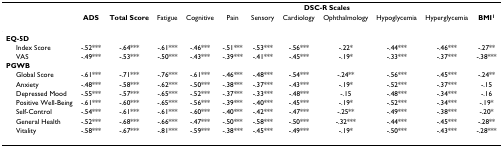
<table><thead><tr><td></td><td></td><td></td><td colspan="9"><b>DSC-R Scales</b></td></tr><tr><td></td><td><b>ADS</b></td><td><b>Total Score</b></td><td><b>Fatigue</b></td><td><b>Cognitive</b></td><td><b>Pain</b></td><td><b>Sensory</b></td><td><b>Cardiology</b></td><td><b>Ophthalmology</b></td><td><b>Hypoglycemia</b></td><td><b>Hyperglycemia</b></td><td><b>BMI<sup>1</sup></b></td></tr></thead><tbody><tr><td><b>EQ-5D</b></td><td></td><td></td><td></td><td></td><td></td><td></td><td></td><td></td><td></td><td></td><td></td></tr><tr><td> Index Score</td><td>-.52***</td><td>-.64***</td><td>-.61***</td><td>-.46***</td><td>-.51***</td><td>-.53***</td><td>-.56***</td><td>-.22*</td><td>-.44***</td><td>-.46***</td><td>-.27**</td></tr><tr><td> VAS</td><td>-.49***</td><td>-.53***</td><td>-.50***</td><td>-.43***</td><td>-.39***</td><td>-.41***</td><td>-.45***</td><td>-.19*</td><td>-.33***</td><td>-.37***</td><td>-.38***</td></tr><tr><td><b>PGWB</b></td><td></td><td></td><td></td><td></td><td></td><td></td><td></td><td></td><td></td><td></td><td></td></tr><tr><td> Global Score</td><td>-.61***</td><td>-.71***</td><td>-.76***</td><td>-.61***</td><td>-.46***</td><td>-.48***</td><td>-.54***</td><td>-.24**</td><td>-.56***</td><td>-.45***</td><td>-.24**</td></tr><tr><td> Anxiety</td><td>-.48***</td><td>-.58***</td><td>-.62***</td><td>-.50***</td><td>-.38***</td><td>-.37***</td><td>-.43***</td><td>-.19*</td><td>-.52***</td><td>-.37***</td><td>-.15</td></tr><tr><td> Depressed Mood</td><td>-.55***</td><td>-.57***</td><td>-.65***</td><td>-.52***</td><td>-.37***</td><td>-.33***</td><td>-.48***</td><td>-.15</td><td>-.48***</td><td>-.34***</td><td>-.16</td></tr><tr><td> Positive Well-Being</td><td>-.61***</td><td>-.60***</td><td>-.65***</td><td>-.56***</td><td>-.39***</td><td>-.40***</td><td>-.45***</td><td>-.19*</td><td>-.52***</td><td>-.34***</td><td>-.19*</td></tr><tr><td> Self-Control</td><td>-.54***</td><td>-.61***</td><td>-.61***</td><td>-.60***</td><td>-.40***</td><td>-.42***</td><td>-.47***</td><td>-.25**</td><td>-.49***</td><td>-.38***</td><td>-.20*</td></tr><tr><td> General Health</td><td>-.52***</td><td>-.68***</td><td>-.66***</td><td>-.47***</td><td>-.50***</td><td>-.58***</td><td>-.50***</td><td>-.32***</td><td>-.44***</td><td>-.45***</td><td>-.28**</td></tr><tr><td> Vitality</td><td>-.58***</td><td>-.67***</td><td>-.81***</td><td>-.59***</td><td>-.38***</td><td>-.45***</td><td>-.49***</td><td>-.19*</td><td>-.50***</td><td>-.43***</td><td>-.28***</td></tr></tbody></table>